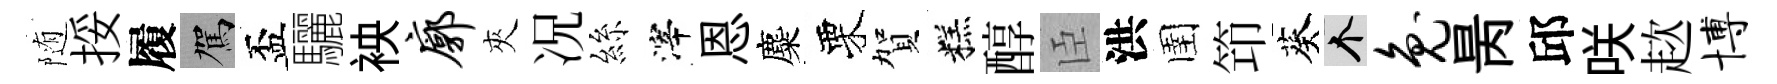
随挼履駕盃驪䘧廓夾况絲滓恩麋栗賀糕醇臣洪圉笻葵个兔昺邱咲趑博